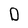
Character: D